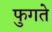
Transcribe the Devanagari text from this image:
फुगते